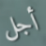
أجل